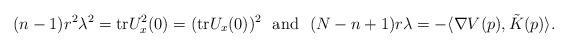
LaTeX: \begin{align*} (n-1) r^2 \lambda^2 = \mbox{tr}U^2_x(0)= (\mbox{tr}U_x(0))^2 \ \mbox{ and }\ (N-n+1) r \lambda = - \langle \nabla V(p), \tilde K(p)\rangle.\end{align*}